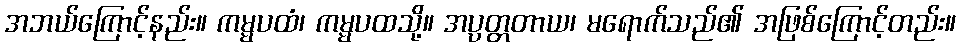
အဘယ်ကြောင့်နည်း။ ကမ္မပထံ၊ ကမ္မပထသို့။ အပ္ပတ္တတာယ၊ မရောက်သည်၏ အဖြစ်ကြောင့်တည်း။